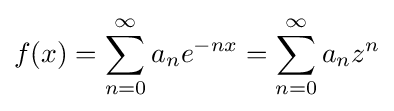
f(x)=\sum _{n=0}^{\infty }a_{n}e^{-nx}=\sum _{n=0}^{\infty }a_{n}z^{n}